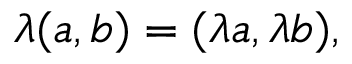
\lambda ( a , b ) = ( \lambda a , \lambda b ) ,